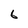
Character: 6